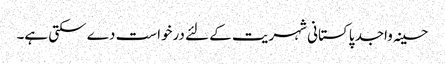
حسینہ واجد پاکستانی شہریت کے لئے درخواست دے سکتی ہے۔